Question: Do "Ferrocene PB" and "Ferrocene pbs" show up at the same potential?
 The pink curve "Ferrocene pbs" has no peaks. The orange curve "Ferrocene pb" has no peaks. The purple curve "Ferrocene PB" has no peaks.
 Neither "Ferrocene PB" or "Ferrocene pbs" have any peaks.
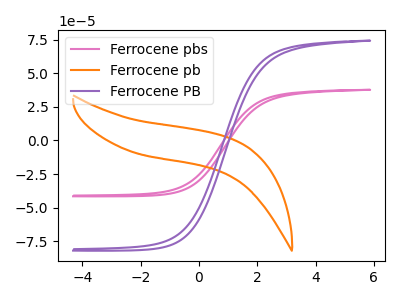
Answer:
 <answer>"Ferrocene PB" and "Ferrocene pbs" are similar in shape.</answer>
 <eval>same_shape</eval>